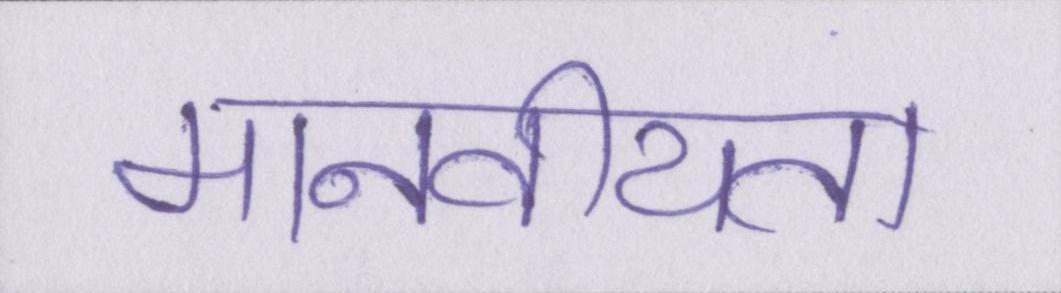
मानवीयता